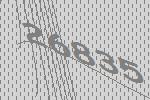
26835